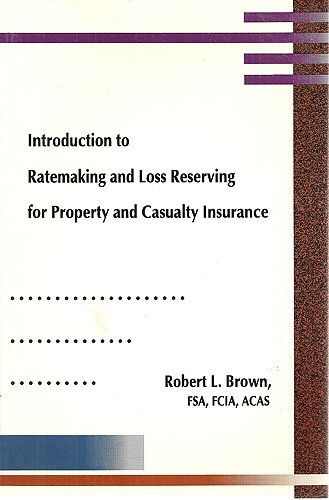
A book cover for Introduction to Ratemaking and Loss Reserving for Property and Casualty Insurance; Robert L. Brown; Business & Money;